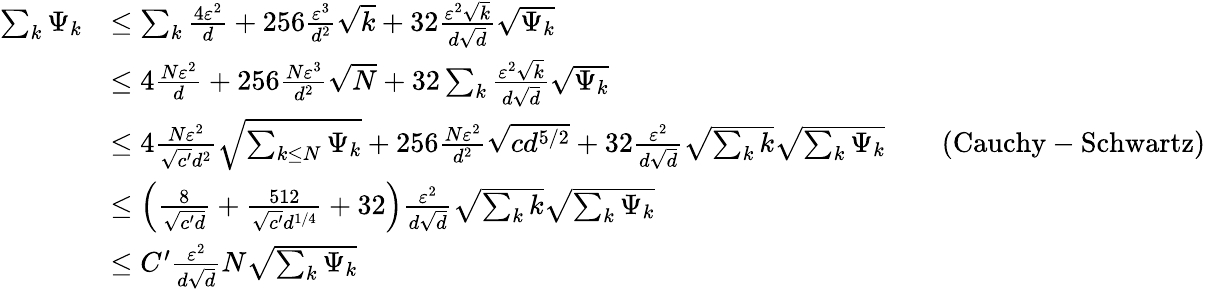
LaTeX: \begin{array}{rlrl}{\sum_{k}\Psi_{k}}&{\le\sum_{k}\frac{4\varepsilon^{2}}{d}+256\frac{\varepsilon^{3}}{d^{2}}\sqrt{k}+32\frac{\varepsilon^{2}\sqrt{k}}{d\sqrt{d}}\sqrt{\Psi_{k}}}\\ &{\le 4\frac{N\varepsilon^{2}}{d}+256\frac{N\varepsilon^{3}}{d^{2}}\sqrt{N}+32\sum_{k}\frac{\varepsilon^{2}\sqrt{k}}{d\sqrt{d}}\sqrt{\Psi_{k}}}\\ &{\le 4\frac{N\varepsilon^{2}}{\sqrt{c^{\prime}}d^{2}}\sqrt{\sum_{k\le N}\Psi_{k}}+256\frac{N\varepsilon^{2}}{d^{2}}\sqrt{cd^{5/2}}+32\frac{\varepsilon^{2}}{d\sqrt{d}}\sqrt{\sum_{k}k}\sqrt{\sum_{k}\Psi_{k}}}&&{(\mathrm{Cauchy-Schwartz})}\\ &{\le\left(\frac{8}{\sqrt{c^{\prime}d}}+\frac{512}{\sqrt{c^{\prime}}d^{1/4}}+32\right)\frac{\varepsilon^{2}}{d\sqrt{d}}\sqrt{\sum_{k}k}\sqrt{\sum_{k}\Psi_{k}}}\\ &{\le C^{\prime}\frac{\varepsilon^{2}}{d\sqrt{d}}N\sqrt{\sum_{k}\Psi_{k}}}\end{array}